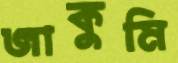
জাকুমি